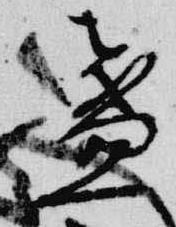
盞